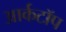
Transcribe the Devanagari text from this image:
आर्कटॉप